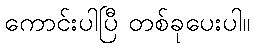
ကောင်းပါပြီ တစ်ခုပေးပါ။